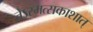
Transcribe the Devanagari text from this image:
तेऽस्मत्सकाशात्